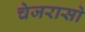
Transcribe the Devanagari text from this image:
चेजरासो